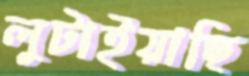
লুটাইয়াছি